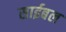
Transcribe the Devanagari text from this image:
साईबल